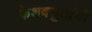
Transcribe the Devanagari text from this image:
केशवसुतांची